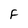
Character: F